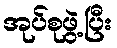
အုပ်စုဖွဲ့ပြီး